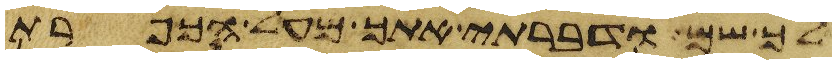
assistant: לך שם ודברתי אתך מעל הכפרת